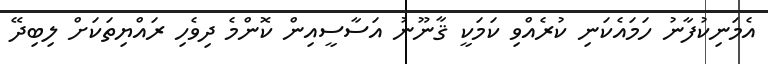
އެމަނިކުފާނު ހަމައެކަނި ކުރެއްވި ކަމަކީ ޤާނޫނު އަސާސީއިން ކޮންމެ ދިވެހި ރައްޔިތަކަށް ލިބިދޭ